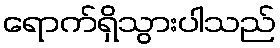
ရောက်ရှိသွားပါသည်